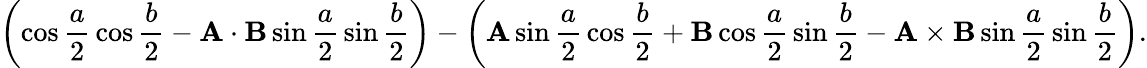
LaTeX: \left(\cos{\frac{a}{2}}\cos{\frac{b}{2}}-\mathbf{A}\cdot\mathbf{B}\sin{\frac{a}{2}}\sin{\frac{b}{2}}\right)-\left(\mathbf{A}\sin{\frac{a}{2}}\cos{\frac{b}{2}}+\mathbf{B}\cos{\frac{a}{2}}\sin{\frac{b}{2}}-\mathbf{A}\times\mathbf{B}\sin{\frac{a}{2}}\sin{\frac{b}{2}}\right).